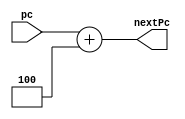
`timescale 1ns / 1ps
//////////////////////////////////////////////////////////////////////////////////
// Company: 
// Engineer: 
// 
// Design Name: 
// Module Name: PC Adder
// Project Name: 
// Target Devices: 
// Tool Versions: 
// Description: 
// 
// Dependencies: 
// 
// Revision:
// Revision 0.01 - File Created
// Additional Comments:
// 
//////////////////////////////////////////////////////////////////////////////////


module PC_Adder(
    input [31:0] pc,
    
    output reg [31:0] nextPc
    );

    
    always @(*)
    begin
    nextPc <= pc + 4;
    end
endmodule